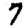
Digit: 7